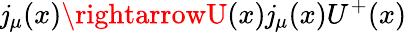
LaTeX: \mathit{j}_{\mu}(x)\rightarrowU(x)\mathit{j}_{\mu}(x)U^{+}(x)